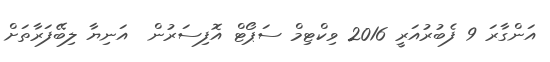
އަންގާރަ 9 ފެބުރުއަރީ 2016 ވިކްޓިމް ސަޕޯޓް އޮފިސަރުން  އަނިޔާ ލިބޭފަރާތަށް